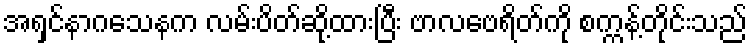
အရှင်နာဂသေနက လမ်းပိတ်ဆို့ထားပြီး ဗာလဗေရိတ်ကို စက္ကန့်တိုင်းသည်